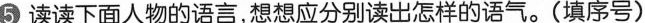
5 读读下面人物的语言，想想应分别读出怎样的语气。(填序号)